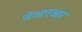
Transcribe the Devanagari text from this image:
जेआरआर